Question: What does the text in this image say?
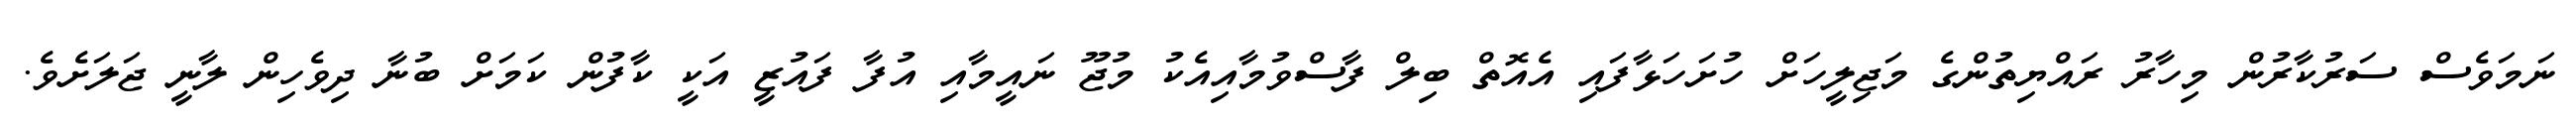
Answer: ނަމަވެސް ސަރުކާރުން މިހާރު ރައްޔިތުންގެ މަޖިލީހަށް ހުށަހަޅާފައި އެއޮތް ބިލް ފާސްވުމާއިއެކު މުޖޫ ނައީމާއި އުފާ ފައުޒީ އަކީ ކާފުން ކަމަށް ބުނާ ދިވެހިން ލާނީ ޖަލަށެވެ.